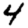
Digit: 4